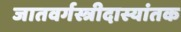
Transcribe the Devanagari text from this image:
जातवर्गस्त्रीदास्यांतक